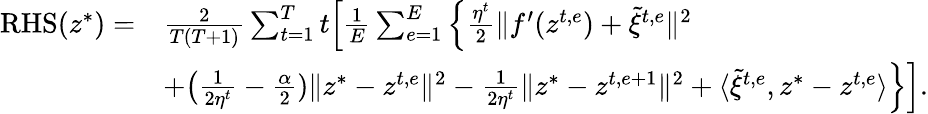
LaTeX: \begin{array}{rl}{\mathrm{RHS}(z^{*})=}&{\frac{2}{T(T+1)}\sum_{t=1}^{T}t\Big[\frac{1}{E}\sum_{e=1}^{E}\Big\{ \frac{\eta^{t}}{2}\| f^{\prime}(z^{t,e})+\tilde{\xi}^{t,e}\| ^{2}}\\ &{+\big(\frac{1}{2\eta^{t}}-\frac{\alpha}{2})\| z^{*}-z^{t,e}\| ^{2}-\frac{1}{2\eta^{t}}\| z^{*}-z^{t,e+1}\| ^{2}+\langle\tilde{\xi}^{t,e},z^{*}-z^{t,e}\rangle\Big\} \Big].}\end{array}